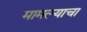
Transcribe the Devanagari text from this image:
मामल्याचा